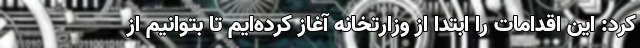
کرد: این اقدامات را ابتدا از وزارتخانه آغاز کرده‌ایم تا بتوانیم از